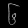
Digit: ၆